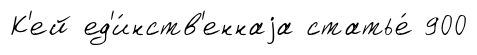
К'ей ед'и́нств'еннаjа статье́ 900